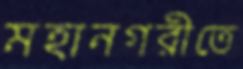
মহানগরীতে